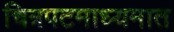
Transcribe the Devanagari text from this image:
चित्रपटमाध्यमात